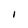
Character: 1